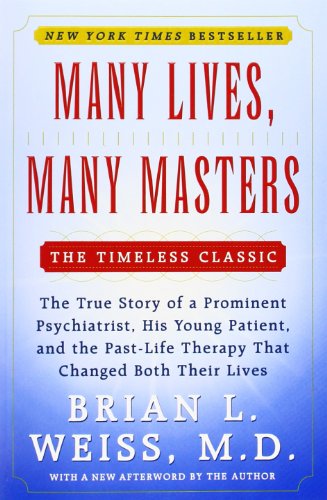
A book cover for Many Lives, Many Masters: The True Story of a Prominent Psychiatrist, His Young Patient, and the Past-Life Therapy That Changed Both Their Lives; Brian L. Weiss; Medical Books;